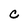
Character: C